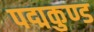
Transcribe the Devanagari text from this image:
पद्मकुण्ड